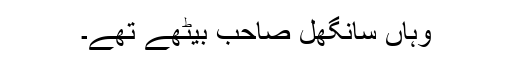
وہاں سانگھل صاحب بیٹھے تھے۔